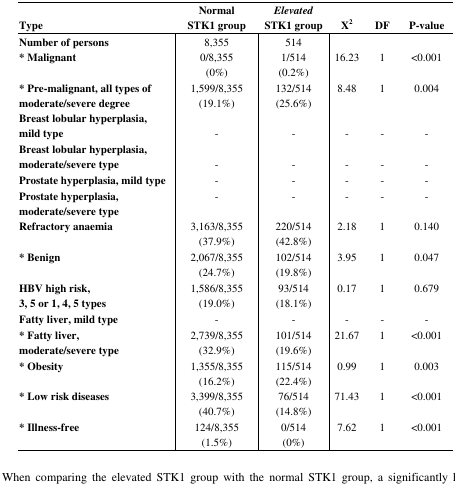
<table><thead><tr><td><b>Type</b></td><td><b>Normal STK1 group</b></td><td><b><i>Elevated</i> STK1 group</b></td><td><b>X<sup>2</sup></b></td><td><b>DF</b></td><td><b>P-value</b></td></tr></thead><tbody><tr><td><b>Number of persons</b></td><td>8,355</td><td>514</td><td></td><td></td><td></td></tr><tr><td><b>* Malignant</b></td><td>0/8,355 (0%)</td><td>1/514 (0.2%)</td><td>16.23</td><td>1</td><td>&lt;0.001</td></tr><tr><td><b>* Pre-malignant, all types of moderate/severe degree</b></td><td>1,599/8,355 (19.1%)</td><td>132/514 (25.6%)</td><td>8.48</td><td>1</td><td>0.004</td></tr><tr><td><b>Breast lobular hyperplasia, mild type</b></td><td>-</td><td>-</td><td>-</td><td>-</td><td>-</td></tr><tr><td><b>Breast lobular hyperplasia, moderate/severe type</b></td><td>-</td><td>-</td><td>-</td><td>-</td><td>-</td></tr><tr><td><b>Prostate hyperplasia, mild type</b></td><td>-</td><td>-</td><td>-</td><td>-</td><td>-</td></tr><tr><td><b>Prostate hyperplasia, moderate/severe type</b></td><td>-</td><td>-</td><td>-</td><td>-</td><td>-</td></tr><tr><td><b>Refractory anaemia</b></td><td>3,163/8,355 (37.9%)</td><td>220/514 (42.8%)</td><td>2.18</td><td>1</td><td>0.140</td></tr><tr><td><b>* Benign</b></td><td>2,067/8,355 (24.7%)</td><td>102/514 (19.8%)</td><td>3.95</td><td>1</td><td>0.047</td></tr><tr><td><b>HBV high risk, 3, 5 or 1, 4, 5 types</b></td><td>1,586/8,355 (19.0%)</td><td>93/514 (18.1%)</td><td>0.17</td><td>1</td><td>0.679</td></tr><tr><td><b>Fatty liver, mild type</b></td><td>-</td><td>-</td><td>-</td><td>-</td><td>-</td></tr><tr><td><b>* Fatty liver, moderate/severe type</b></td><td>2,739/8,355 (32.9%)</td><td>101/514 (19.6%)</td><td>21.67</td><td>1</td><td>&lt;0.001</td></tr><tr><td><b>* Obesity</b></td><td>1,355/8,355 (16.2%)</td><td>115/514 (22.4%)</td><td>0.99</td><td>1</td><td>0.003</td></tr><tr><td><b>* Low risk diseases</b></td><td>3,399/8,355 (40.7%)</td><td>76/514 (14.8%)</td><td>71.43</td><td>1</td><td>&lt;0.001</td></tr><tr><td><b>* Illness-free</b></td><td>124/8,355 (1.5%)</td><td>0/514 (0%)</td><td>7.62</td><td>1</td><td>&lt;0.001</td></tr></tbody></table>